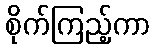
စိုက်ကြည့်ကာ